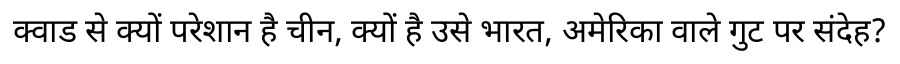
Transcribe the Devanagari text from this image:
क्वाड से क्यों परेशान है चीन, क्यों है उसे भारत, अमेरिका वाले गुट पर संदेह?